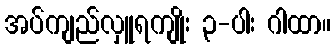
အပ်ကျည်လှူရကျိုး ၃-ပါး ဂါထာ။